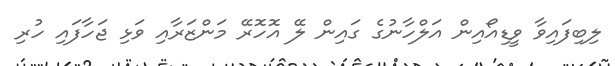
ލިބިފައިވާ ވީޑިއޯއިން އަލްހާނުގެ ގައިން ލޭ އޮހޮރޭ މަންޒަރާއި ވަޅި ޖަހާފައި ހުރި